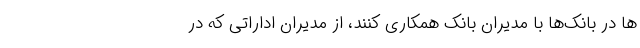
ها در بانک‌ها با مدیران بانک همکاری کنند، از مدیران اداراتی که در